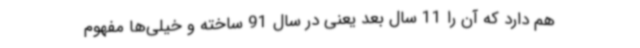
هم دارد که آن را 11 سال بعد یعنی در سال 91 ساخته و خیلی‌ها مفهوم